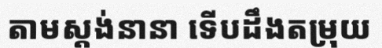
តាមស្តង់នានា ទើបដឹងតម្រុយ